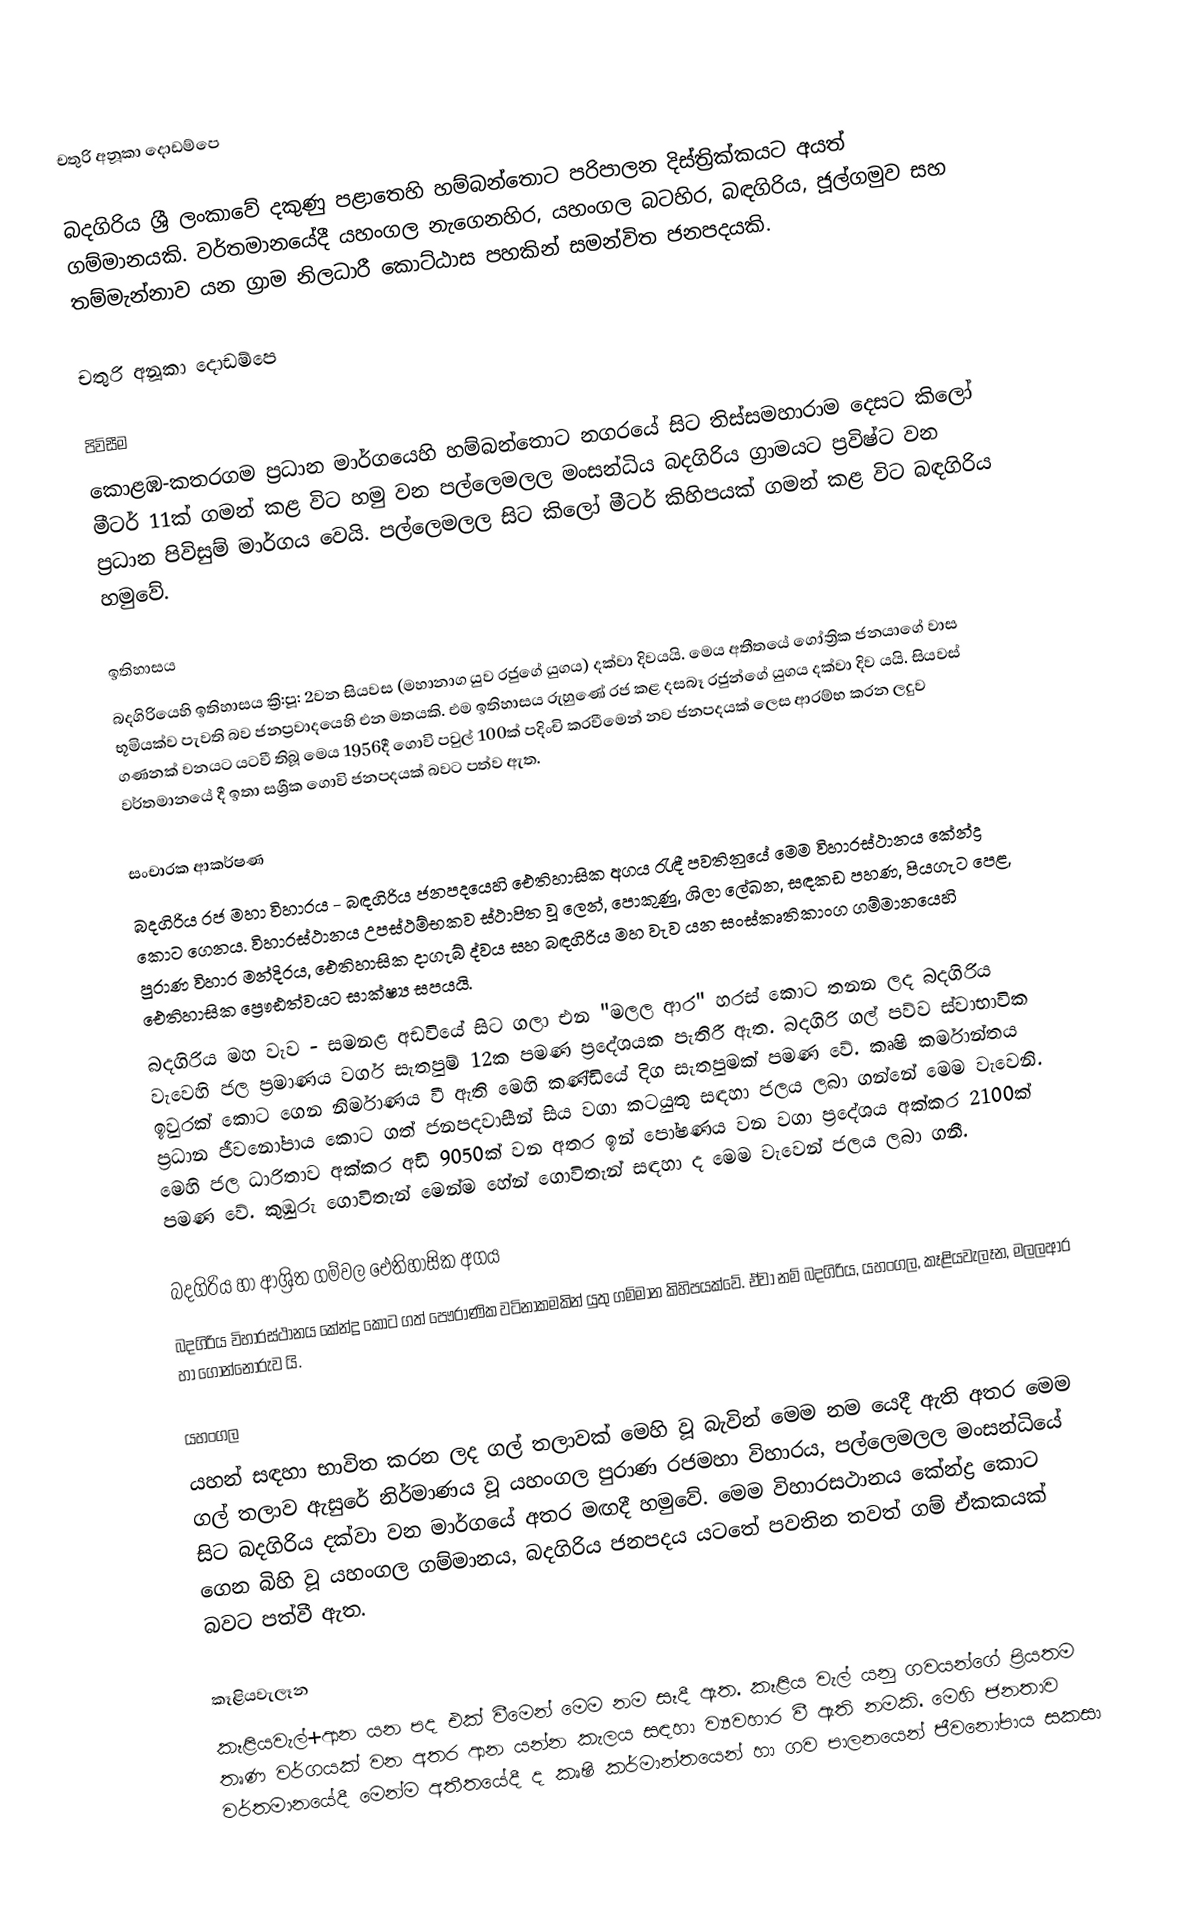
චතුරි අනූකා දොඩම්පෙ

බදගිරිය ශ්‍රී ලංකාවේ දකුණු පළාතෙහි හම්බන්තොට පරිපාලන දිස්ත්‍රික්කයට අයත් ගම්මානයකි. ව‍ර්තමානයේදී යහංගල නැගෙනහිර, යහංගල බටහිර, බඳගිරිය, ජූල්ගමුව සහ තම්මැන්නාව යන ග්‍රාම නිලධාරී කොට්ඨාස පහකින් සමන්විත ජනපදයකි.

චතුරි අනූකා දොඩම්පෙ

පිවිසීම
කොළඹ-කතරගම ප්‍රධාන මාර්ගයෙහි හම්බන්තොට නගරයේ සිට තිස්සමහාරාම දෙසට කිලෝ මීටර් 11ක් ගමන් කළ විට හමු වන පල්ලෙමලල මංසන්ධිය බදගිරිය ග්‍රාමයට ප්‍රවිෂ්ට වන ප්‍රධාන පිවිසුම් මාර්ගය වෙයි. පල්ලෙමලල සිට කිලෝ මීටර් කිහිපයක් ගමන් කළ විට බඳගිරිය හමුවේ.

ඉතිහාසය
බදගිරියෙහි ඉතිහාසය ක්‍රි:පූ: 2වන සියවස (මහානාග යුව රජුගේ යුගය) දක්වා  දිවයයි. මෙය අතීතයේ ගෝත්‍රික ජනයාගේ වාස භූමියක්ව පැවති බව ජනප්‍රවාදයෙහි එන මතයකි. එම ඉතිහාසය රුහුණේ රජ කළ දසබෑ රජුන්ගේ යුගය දක්වා දිව යයි.  සියවස් ගණනක් වනයට යටවී තිබූ  මෙය 1956දී ගොවි පවුල් 100ක් පදිංචි කරවීමෙන් නව ජනපදයක් ලෙස ආරම්භ කරන ලදුව වර්තමානයේ දී ඉතා සශ්‍රීක ගොවි ජනපදයක් බවට පත්ව ඇත.

සංචාරක ආකර්ෂණ
බදගිරිය රජ මහා විහාරය - බඳගිරිය ජනපදයෙහි ‍ඓතිහාසික අගය රැඳී පවතිනුයේ මෙම විහාරස්ථානය කේන්ද්‍ර කොට ගෙනය. විහාරස්ථානය උපස්ථම්භකව ස්ථාපිත වූ ලෙන්, පොකුණු, ශිලා ලේඛන, සඳකඩ පහණ, පියගැට පෙළ, පුරාණ විහාර මන්දිරය, ඓතිහාසික දාගැබ් ද්වය සහ බඳගිරිය මහ වැව යන සංස්කෘතිකාංග ගම්මානයෙහි ඓතිහාසික ප්‍රෞඪත්වයට සාක්ෂ්‍ය සපයයි.
බදගිරිය මහ වැව - සමනළ අඩවියේ සිට ගලා එන "මලල ආර" හරස් කොට තනන ලද බදගිරිය වැවෙහි ජල ප්‍රමාණය වර්ග සැතපුම් 12ක පමණ ප්‍රදේශයක පැතිරී ඇත. බදගිරි ගල් පව්ව ස්වාභාවික ඉවුරක් කොට ගෙන නිර්මාණය වී ඇති මෙහි කණ්ඩියේ දිග සැතපුමක් පමණ වේ. කෘෂි කර්මාන්තය ප්‍රධාන ජීවනෝපාය කොට ගත් ජනපදවාසීන් සිය වගා ක‍ටයුතු සඳහා ජලය ලබා ගන්නේ මෙම වැවෙනි. මෙහි ජල ධාරිතාව අක්කර අඩි 9050ක් වන අතර ඉන් ‍පෝෂණය වන වගා ප්‍රදේශය අක්කර 2100ක් පමණ වේ. කුඹුරු ගොවිතැන් මෙන්ම හේන් ගොවිතැන් සඳහා ද මෙම වැවෙන් ජලය ලබා ගනී.

බදගිරිය හා ආශ්‍රිත ගම්වල ඓතිහාසික අගය
බදගිරිය විහාරස්ථානය කේන්ද්‍ර කොට ගත් පෞරාණික වටිනාකමකින් යුතු ගම්මාන කිහිපයක්වේ. ඒවා නම් බදගිරිය, යහංගල, කෑළියවැලෑන, මලලආර හා ගොන්නොරුව යි.

යහංගල
යහන් සඳහා භාවිත කරන ලද ගල් තලාවක් මෙහි වූ බැවින් මෙම නම යෙදී ඇති අතර මෙම ගල් තලාව ඇසුරේ නිර්මාණය වූ ‍යහංගල පුරාණ රජමහා විහාරය, පල්ලෙමලල මංසන්ධියේ සිට බදගිරිය දක්වා වන මාර්ග‍‍යේ අතර මඟදී හමුවේ. මෙම විහාරසථානය කේන්ද්‍ර කොට ගෙන බිහි වූ යහංගල ගම්මානය, බදගිරිය ජනපදය යටතේ පවතින තවත් ගම් ඒකකයක් බවට පත්වී ඇත.‍

කෑළියවැලෑන
කෑළියවැල්+ආන යන පද එක් වීමෙන් මෙම නම සෑදී ඇත. කෑළිය වැල් යනු ගවයන්ගේ ප්‍රියතම තෘණ වර්ගයක් වන අතර ආන යන්න කැලය සඳහා ව්‍යවහාර වී ඇති නමකි. මෙහි ජනතාව වර්තමානයේදී මෙන්ම අතීතයේදී ද කෘෂි කර්මාන්තයෙන් හා ගව පාලනයෙන් ජීවනෝපාය සකසා